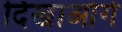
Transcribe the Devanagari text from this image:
दिखाओगे